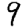
Digit: 9